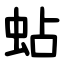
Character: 蛅